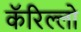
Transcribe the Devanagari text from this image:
कॅरिल्लो